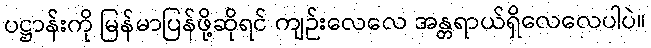
ပဋ္ဌာန်းကို မြန်မာပြန်ဖို့ဆိုရင် ကျဉ်းလေလေ အန္တရာယ်ရှိလေလေပါပဲ။